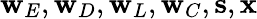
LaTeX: \mathbf{w}_{E},\mathbf{w}_{D},\mathbf{w}_{L},\mathbf{w}_{C},\mathbf{s},\mathbf{x}